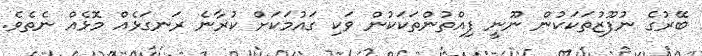
ބޭރުގެ ނުފޫޒުތަކަކުން ނޫނީ ފިއްތުންތަކަކުން ވަކި ގައުމަކަށް ކުރާނެ ރަނގަޅެއް މޮޅެއް ނެތެވެ.